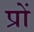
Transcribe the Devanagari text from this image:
प्रों